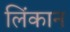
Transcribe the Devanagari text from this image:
लिंकान